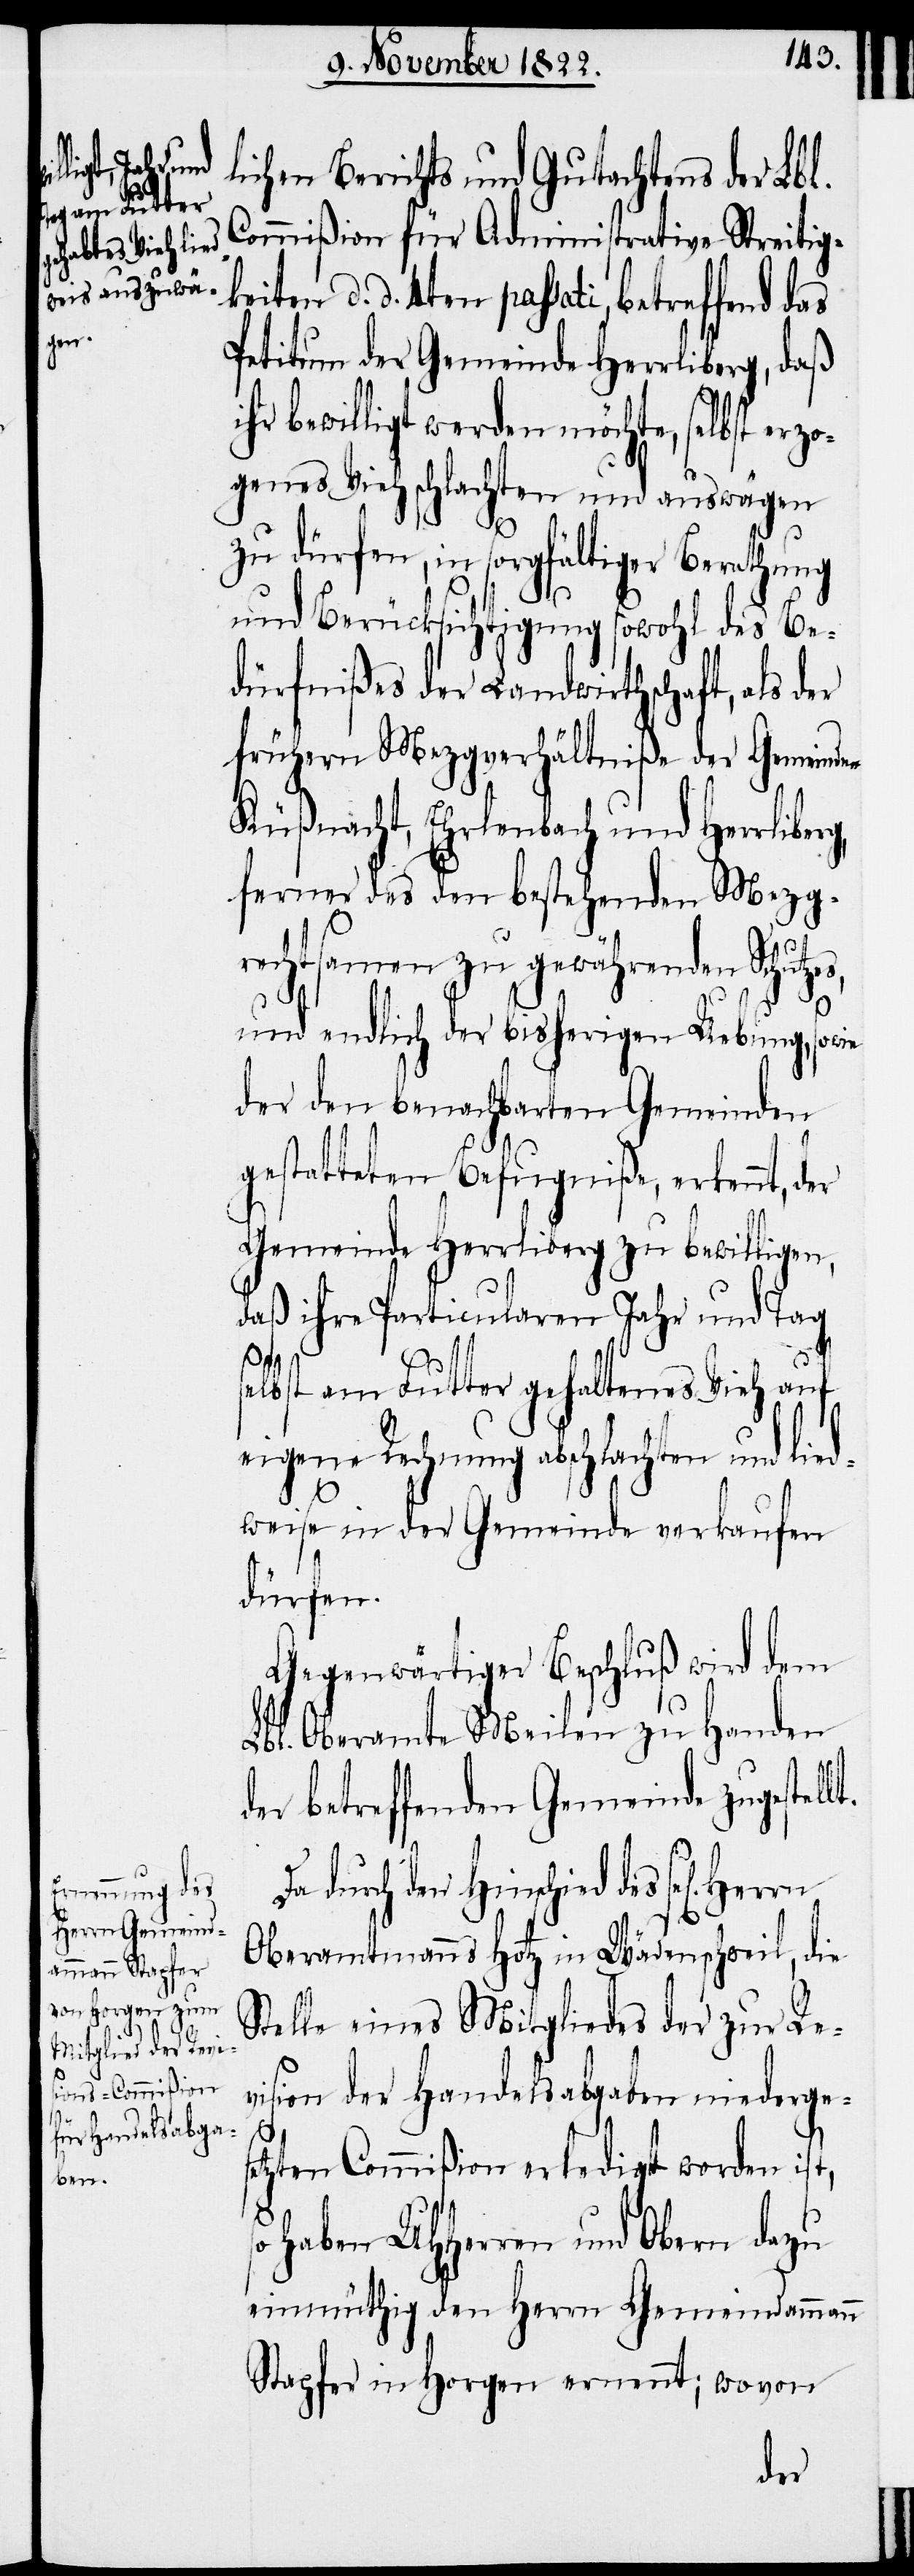
s¬

lichen Berichts und Gutachtens der Lbl.
Commißion für Administrative Streitig¬
keiten d. d. 4ten passati, betreffend
Petitum der Gemeinde Herrliberg, daß
bewilligt werden möchte, selbst erz¬
ogenes Vieh schlachten und auswägen
zu dürfen, in sorgfältiger Berathung
und Berücksichtigung sowohl des Be¬
dürfnißes der Landwirthschaft, als der
frühern Mezgverhältniße der Gemeinden
Küßnacht, Ehrlenbach und Herrliber¬
ferner des den bestehenden Meztgr¬
echtsamen zu gewährenden Schut¬
und endlich der bisherigen Uebung, sowie
der den benachbarten Gemeinden
gestatteten Befugniße, erkennt, der
Gemeinde Herrliberg zu bewilligen,
daß ihre Particularen Jahr und Tag
selbst am Futter gehaltenes Vieh auf
eigene Rechnung abschlachten und lie¬
t.
dweise in der Gemeinde verkaufen
dürfen.
Gegenwärtiger Beschluß wird dem
Lbl. Oberamte Meilen zu Handen
der betreffenden Gemeinde zugestell¬
durch den Hinschied des sel[igen]
Oberamtmanns Hotz in Wädenschweil, die
Stelle eines Mitgliedes der zur Re¬
zes,
vision der Handelsabgaben niederges¬
g,
etzten Commißion erledigt worden ist,
o haben UHHerren und Obern dazu
einmüthig den Herrn Gemeindammann
Stapfer in Horgen ernennt; wovon